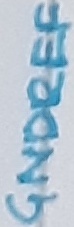
Text: GNDREF